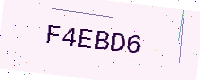
Text: F4EBD6